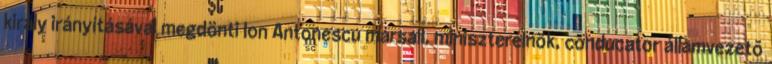
király irányításával megdönti Ion Antonescu marsall, miniszterelnök, conducator államvezetõ